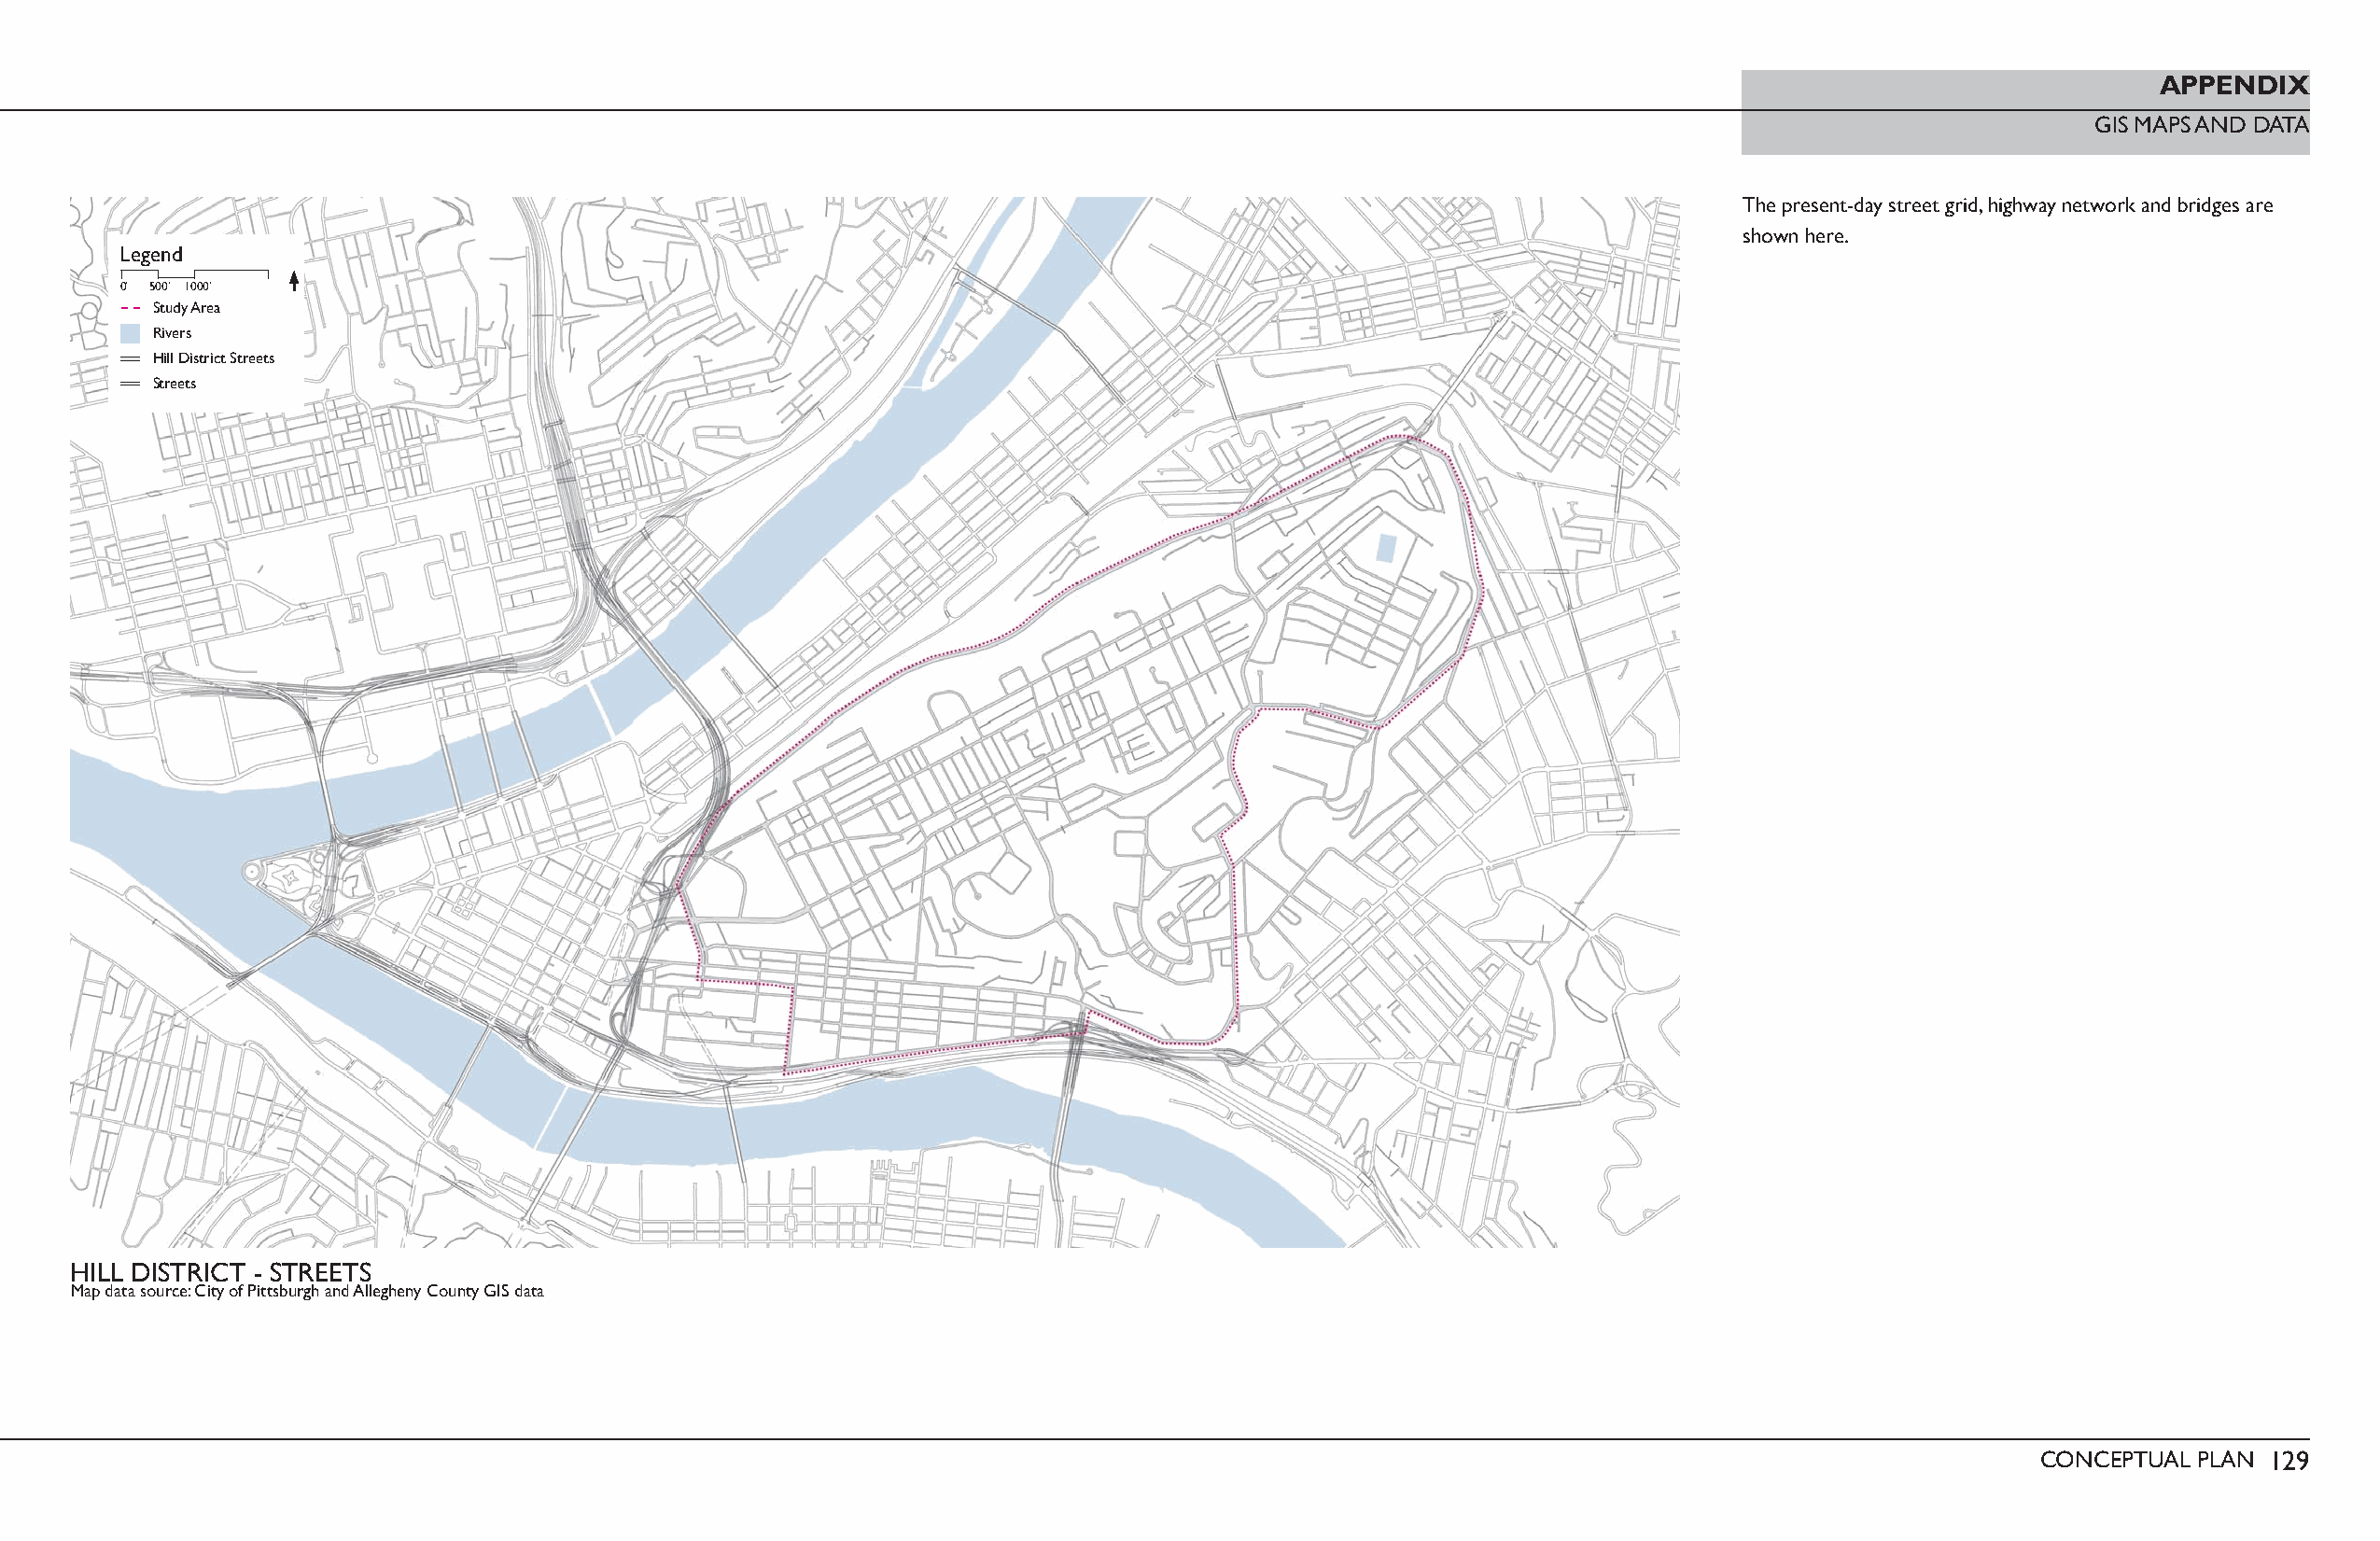
APPENDIX
 GIS MAPS AND DATA
 The present-day street grid, highway network and bridges are
 shown here.
 Legend
 0’ 500’ 1000’
 Study Area
 Rivers
 Hill District Streets
 Streets
 HILL DISTRICT - STREETS
 Map data source: City of Pittsburgh and Allegheny County GIS data
 CONCEPTUAL PLAN 129